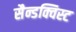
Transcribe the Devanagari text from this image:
सैन्डक्विस्ट